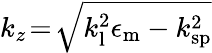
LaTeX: k_{z}\! =\! \sqrt{k_{\mathrm{l}}^{2}\epsilon_{\mathrm{m}}-k_{\mathrm{\mathrm{sp}}}^{2}}